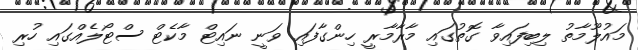
މައުލޫމާތު ލިބިފައިވާ ގޮތުގައި މާރާމާރީ ހިންގާފައި ވަނީ ނައިޓް މާކެޓް ސްޓޯލެއްގައި ހުރި